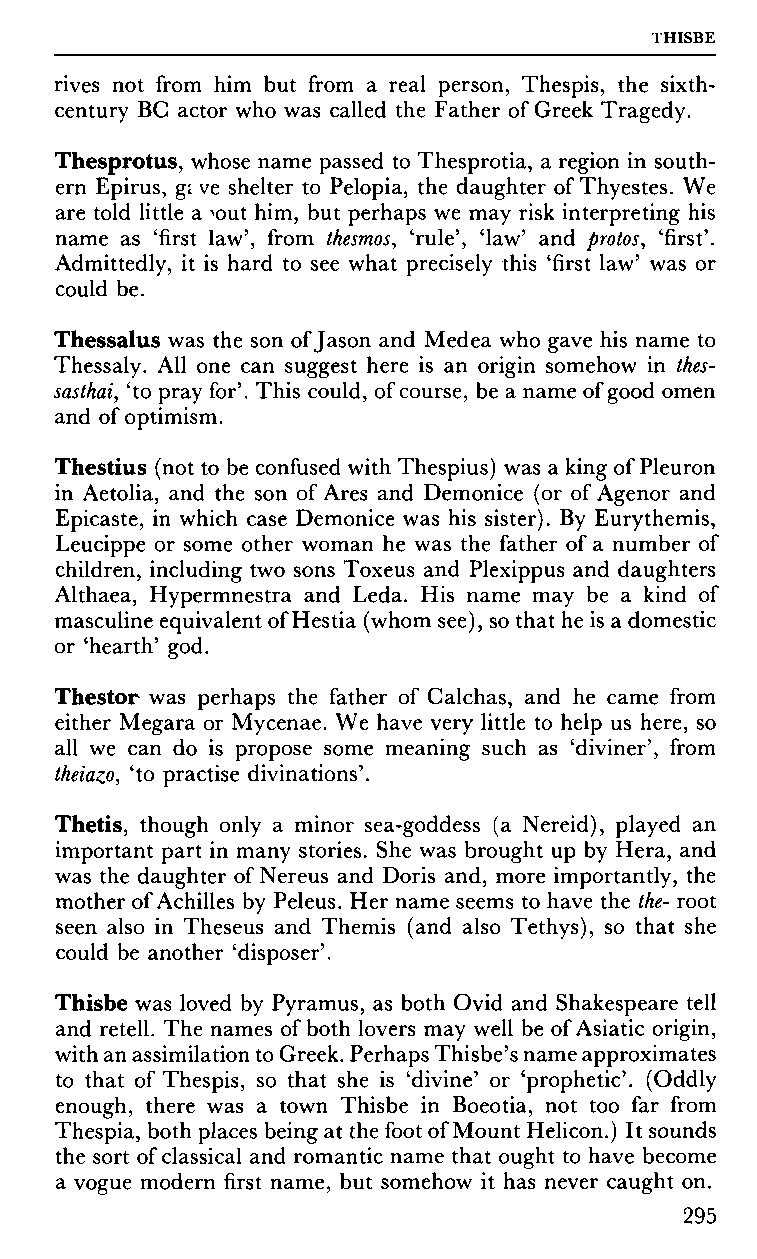
THISBE
 rives not from him but from a real person, Thespis, the sixth-
 century BC actor who was called the Father of Greek Tragedy.
 Thesprotus, whose name passed to Thesprotia, a region in south
 ern Epirus, gi ve shelter to Pelopia, the daughter of Thyestes. We
 are told little a >out him, but perhaps we may risk interpreting his
 name as 'first law', from thesmos, 'rule', 'law' and protos, 'first'.
 Admittedly, it is hard to see what precisely this 'first law' was or
 could be.
 Thessalus was the son of Jason and Medea who gave his name to
 Thessaly. All one can suggest here is an origin somehow in thes-
 sasthai, 'to pray for'. This could, of course, be a name of good omen
 and of optimism.
 Thestius (not to be confused with Thespius) was a king of Pleuron
 in Aetolia, and the son of Ares and Demonice (or of Agenor and
 Epicaste, in which case Demonice was his sister). By Eurythemis,
 Leucippe or some other woman he was the father of a number of
 children, including two sons Toxeus and Plexippus and daughters
 Althaea, Hypermnestra and Leda. His name may be a kind of
 masculine equivalent of Hestia (whom see), so that he is a domestic
 or 'hearth' god.
 Thestor was perhaps the father of Calchas, and he came from
 either Megara or Mycenae. We have very little to help us here, so
 all we can do is propose some meaning such as 'diviner', from
 theiazo, 'to practise divinations'.
 Thetis, though only a minor sea-goddess (a Nereid), played an
 important part in many stories. She was brought up by Hera, and
 was the daughter of Nereus and Doris and, more importantly, the
 mother of Achilles by Peleus. Her name seems to have the the- root
 seen also in Theseus and Themis (and also Tethys), so that she
 could be another 'disposer'.
 Thisbe was loved by Pyramus, as both Ovid and Shakespeare tell
 and retell. The names of both lovers may well be of Asiatic origin,
 with an assimilation to Greek. Perhaps Thisbe's name approximates
 to that of Thespis, so that she is 'divine' or 'prophetic'. (Oddly
 enough, there was a town Thisbe in Boeotia, not too far from
 Thespia, both places being at the foot of Mount Helicon.) It sounds
 the sort of classical and romantic name that ought to have become
 a vogue modern first name, but somehow it has never caught on.
 295